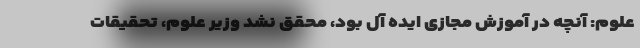
علوم: آنچه در آموزش مجازی ایده آل بود، محقق نشد وزیر علوم، تحقیقات